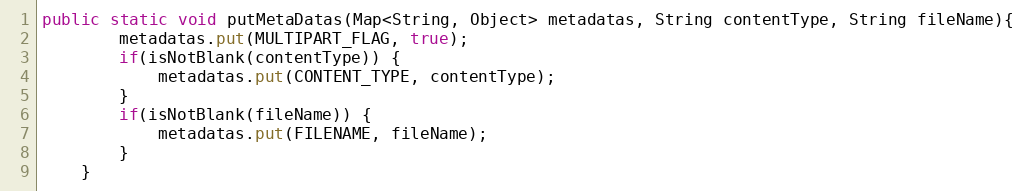
Language: Java
public static void putMetaDatas(Map<String, Object> metadatas, String contentType, String fileName){
        metadatas.put(MULTIPART_FLAG, true);
        if(isNotBlank(contentType)) {
            metadatas.put(CONTENT_TYPE, contentType);
        }
        if(isNotBlank(fileName)) {
            metadatas.put(FILENAME, fileName);
        }
    }